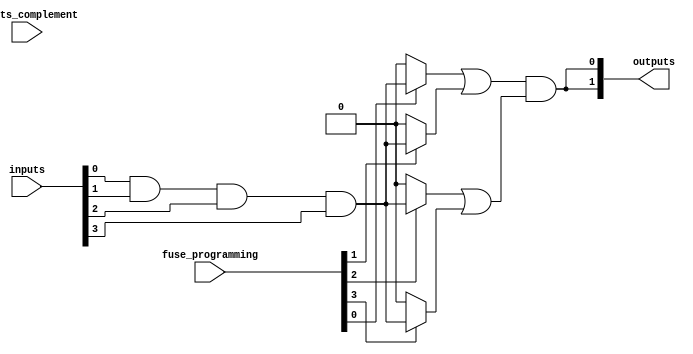
module fuse_based_PLA #(
    parameter NUM_INPUTS = 4,   // Number of inputs
    parameter NUM_AND_GATES = 4, // Number of AND gates
    parameter NUM_OUTPUTS = 2    // Number of outputs
)(
    input wire [NUM_INPUTS-1:0] inputs,           // Input lines
    input wire [NUM_INPUTS-1:0] inputs_complement, // Complemented inputs
    input wire [NUM_AND_GATES-1:0] fuse_programming, // Fuse programming for AND gates
    output wire [NUM_OUTPUTS-1:0] outputs          // Output lines
);

    // AND Plane
    wire [NUM_AND_GATES-1:0] and_outputs; // Outputs of AND gates

    genvar i, j;
    generate
        for (i = 0; i < NUM_AND_GATES; i = i + 1) begin : and_gate
            assign and_outputs[i] = (fuse_programming[i] == 1'b1) ? 
                (inputs[0] & inputs[1] & inputs[2] & inputs[3]) : 1'b0; // Example logic
        end
    endgenerate

    // OR Plane
    wire [NUM_OUTPUTS-1:0] or_outputs; // Outputs of OR gates

    generate
        for (j = 0; j < NUM_OUTPUTS; j = j + 1) begin : or_gate
            assign or_outputs[j] = (and_outputs[0] | and_outputs[1]) & (and_outputs[2] | and_outputs[3]); // Example logic
        end
    endgenerate

    // Output Stage
    assign outputs = or_outputs;

endmodule